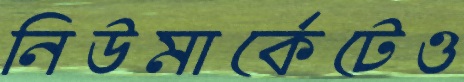
নিউমার্কেটেও